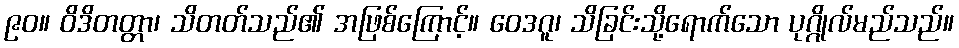
၉၀။ ဝိဒိတတ္တာ၊ သိတတ်သည်၏ အဖြစ်ကြောင့်။ ဝေဒဂူ၊ သိခြင်းသို့ရောက်သော ပုဂ္ဂိုလ်မည်သည်။